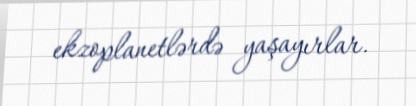
ekzoplanetlərdə yaşayırlar.